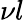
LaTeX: \nu l